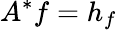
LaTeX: A^{*}f=h_{f}